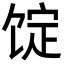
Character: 𩠆